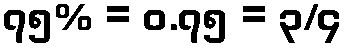
၇၅% = ၀.၇၅ = ၃/၄